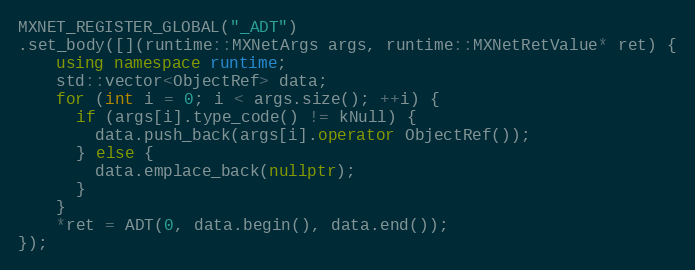
Language: C++
MXNET_REGISTER_GLOBAL("_ADT")
.set_body([](runtime::MXNetArgs args, runtime::MXNetRetValue* ret) {
    using namespace runtime;
    std::vector<ObjectRef> data;
    for (int i = 0; i < args.size(); ++i) {
      if (args[i].type_code() != kNull) {
        data.push_back(args[i].operator ObjectRef());
      } else {
        data.emplace_back(nullptr);
      }
    }
    *ret = ADT(0, data.begin(), data.end());
});